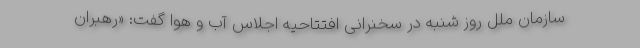
سازمان ملل روز شنبه در سخنرانی افتتاحیه اجلاس آب و هوا گفت: «رهبران